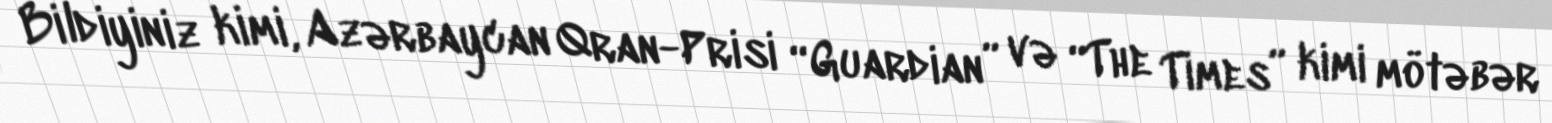
Bildiyiniz kimi, Azərbaycan Qran-Prisi “Guardian” və “The Times” kimi mötəbər